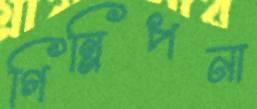
গিন্নিপনা